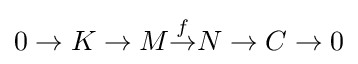
0\to K\to M{\overset {f}{\to }}N\to C\to 0